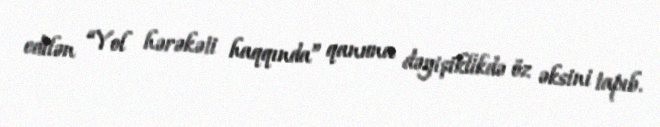
edilən “Yol hərəkəti haqqında” qanuna dəyişiklikdə öz əksini tapıb.